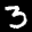
Label: 3